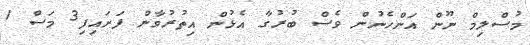
މުސްލިމް ނޫން އަންހެނުން ވެސް ބުރުގާ އެޅުން އިތުރުވާން ފަށައިފި3 މަސް 1